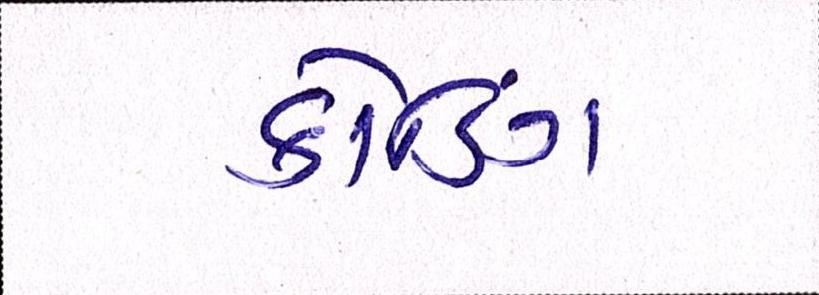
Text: કોડિંગ